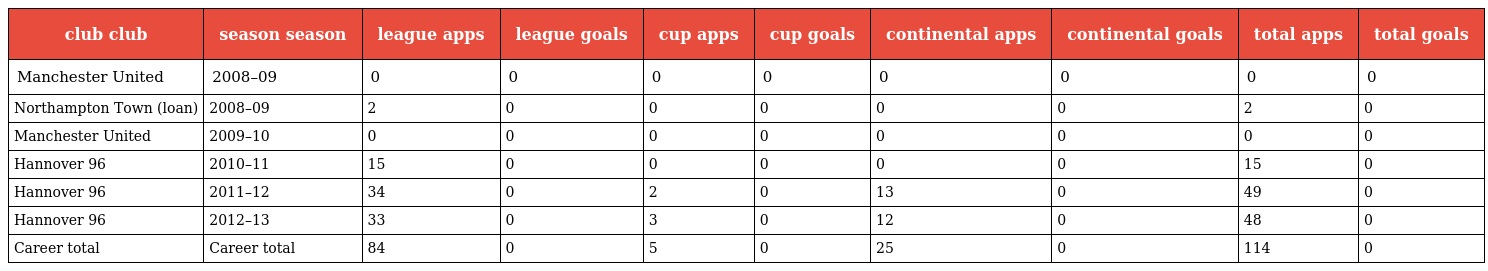
| club club | season season | league apps | league goals | cup apps | cup goals | continental apps | continental goals | total apps | total goals |
 | --- | --- | --- | --- | --- | --- | --- | --- | --- | --- |
 | Manchester United | 2008–09 | 0 | 0 | 0 | 0 | 0 | 0 | 0 | 0 |
 | Northampton Town (loan) | 2008–09 | 2 | 0 | 0 | 0 | 0 | 0 | 2 | 0 |
 | Manchester United | 2009–10 | 0 | 0 | 0 | 0 | 0 | 0 | 0 | 0 |
 | Hannover 96 | 2010–11 | 15 | 0 | 0 | 0 | 0 | 0 | 15 | 0 |
 | Hannover 96 | 2011–12 | 34 | 0 | 2 | 0 | 13 | 0 | 49 | 0 |
 | Hannover 96 | 2012–13 | 33 | 0 | 3 | 0 | 12 | 0 | 48 | 0 |
 | Career total | Career total | 84 | 0 | 5 | 0 | 25 | 0 | 114 | 0 |